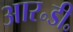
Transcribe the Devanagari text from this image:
आर॰डी॰